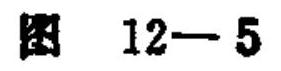
图 \(12 - 5\)